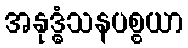
အနုဒ္ဓံသနပစ္စယာ